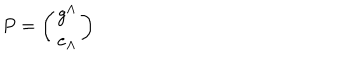
LaTeX: P = \left( \begin{matrix} { { g ^ { \Lambda } } } \\ { { e _ { \Lambda } } } \\ \end{matrix} \right)